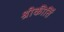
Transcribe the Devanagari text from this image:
श्रीकीर्ति